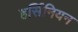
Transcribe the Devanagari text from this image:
हर्सिनियन